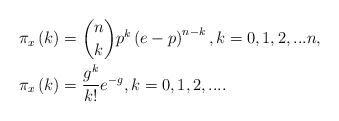
\begin{align*}\pi_{x}\left( k\right) & =\dbinom{n}{k}p^{k}\left( e-p\right)^{n-k},k=0,1,2,...n,\\\pi_{x}\left( k\right) & =\dfrac{g^{k}}{k!}e^{-g},k=0,1,2,....\end{align*}